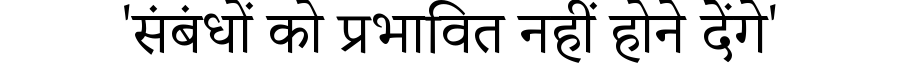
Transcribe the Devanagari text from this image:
'संबंधों को प्रभावित नहीं होने देंगे'